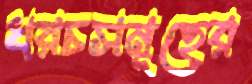
খরচসমূহের